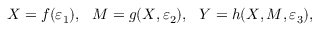
X = f ( \varepsilon _ { 1 } ) , ~ ~ M = g ( X , \varepsilon _ { 2 } ) , ~ ~ Y = h ( X , M , \varepsilon _ { 3 } ) ,